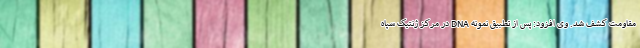
مقاومت کشف شد. وی افزود: پس از تطبیق نمونه DNA در مرکز ژنتیک سپاه